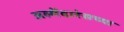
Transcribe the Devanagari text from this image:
अल्मेंदारेसच्या